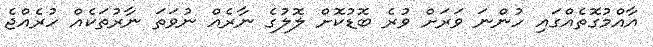
އާއްމުގޮތެއްގައި ހުންނަ ވަރަށް ވުރެ ބޮޑުކޮށް ލޮލުގެ ނާރެއް ނުވަތަ ނާރުތަކެއް ހުރެއްޖެ